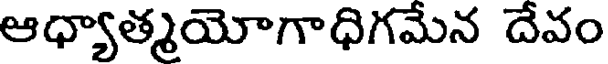
ఆధ్యాత్మయోగాధిగమేన దేవం